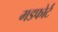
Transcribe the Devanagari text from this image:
मडफोर्ट